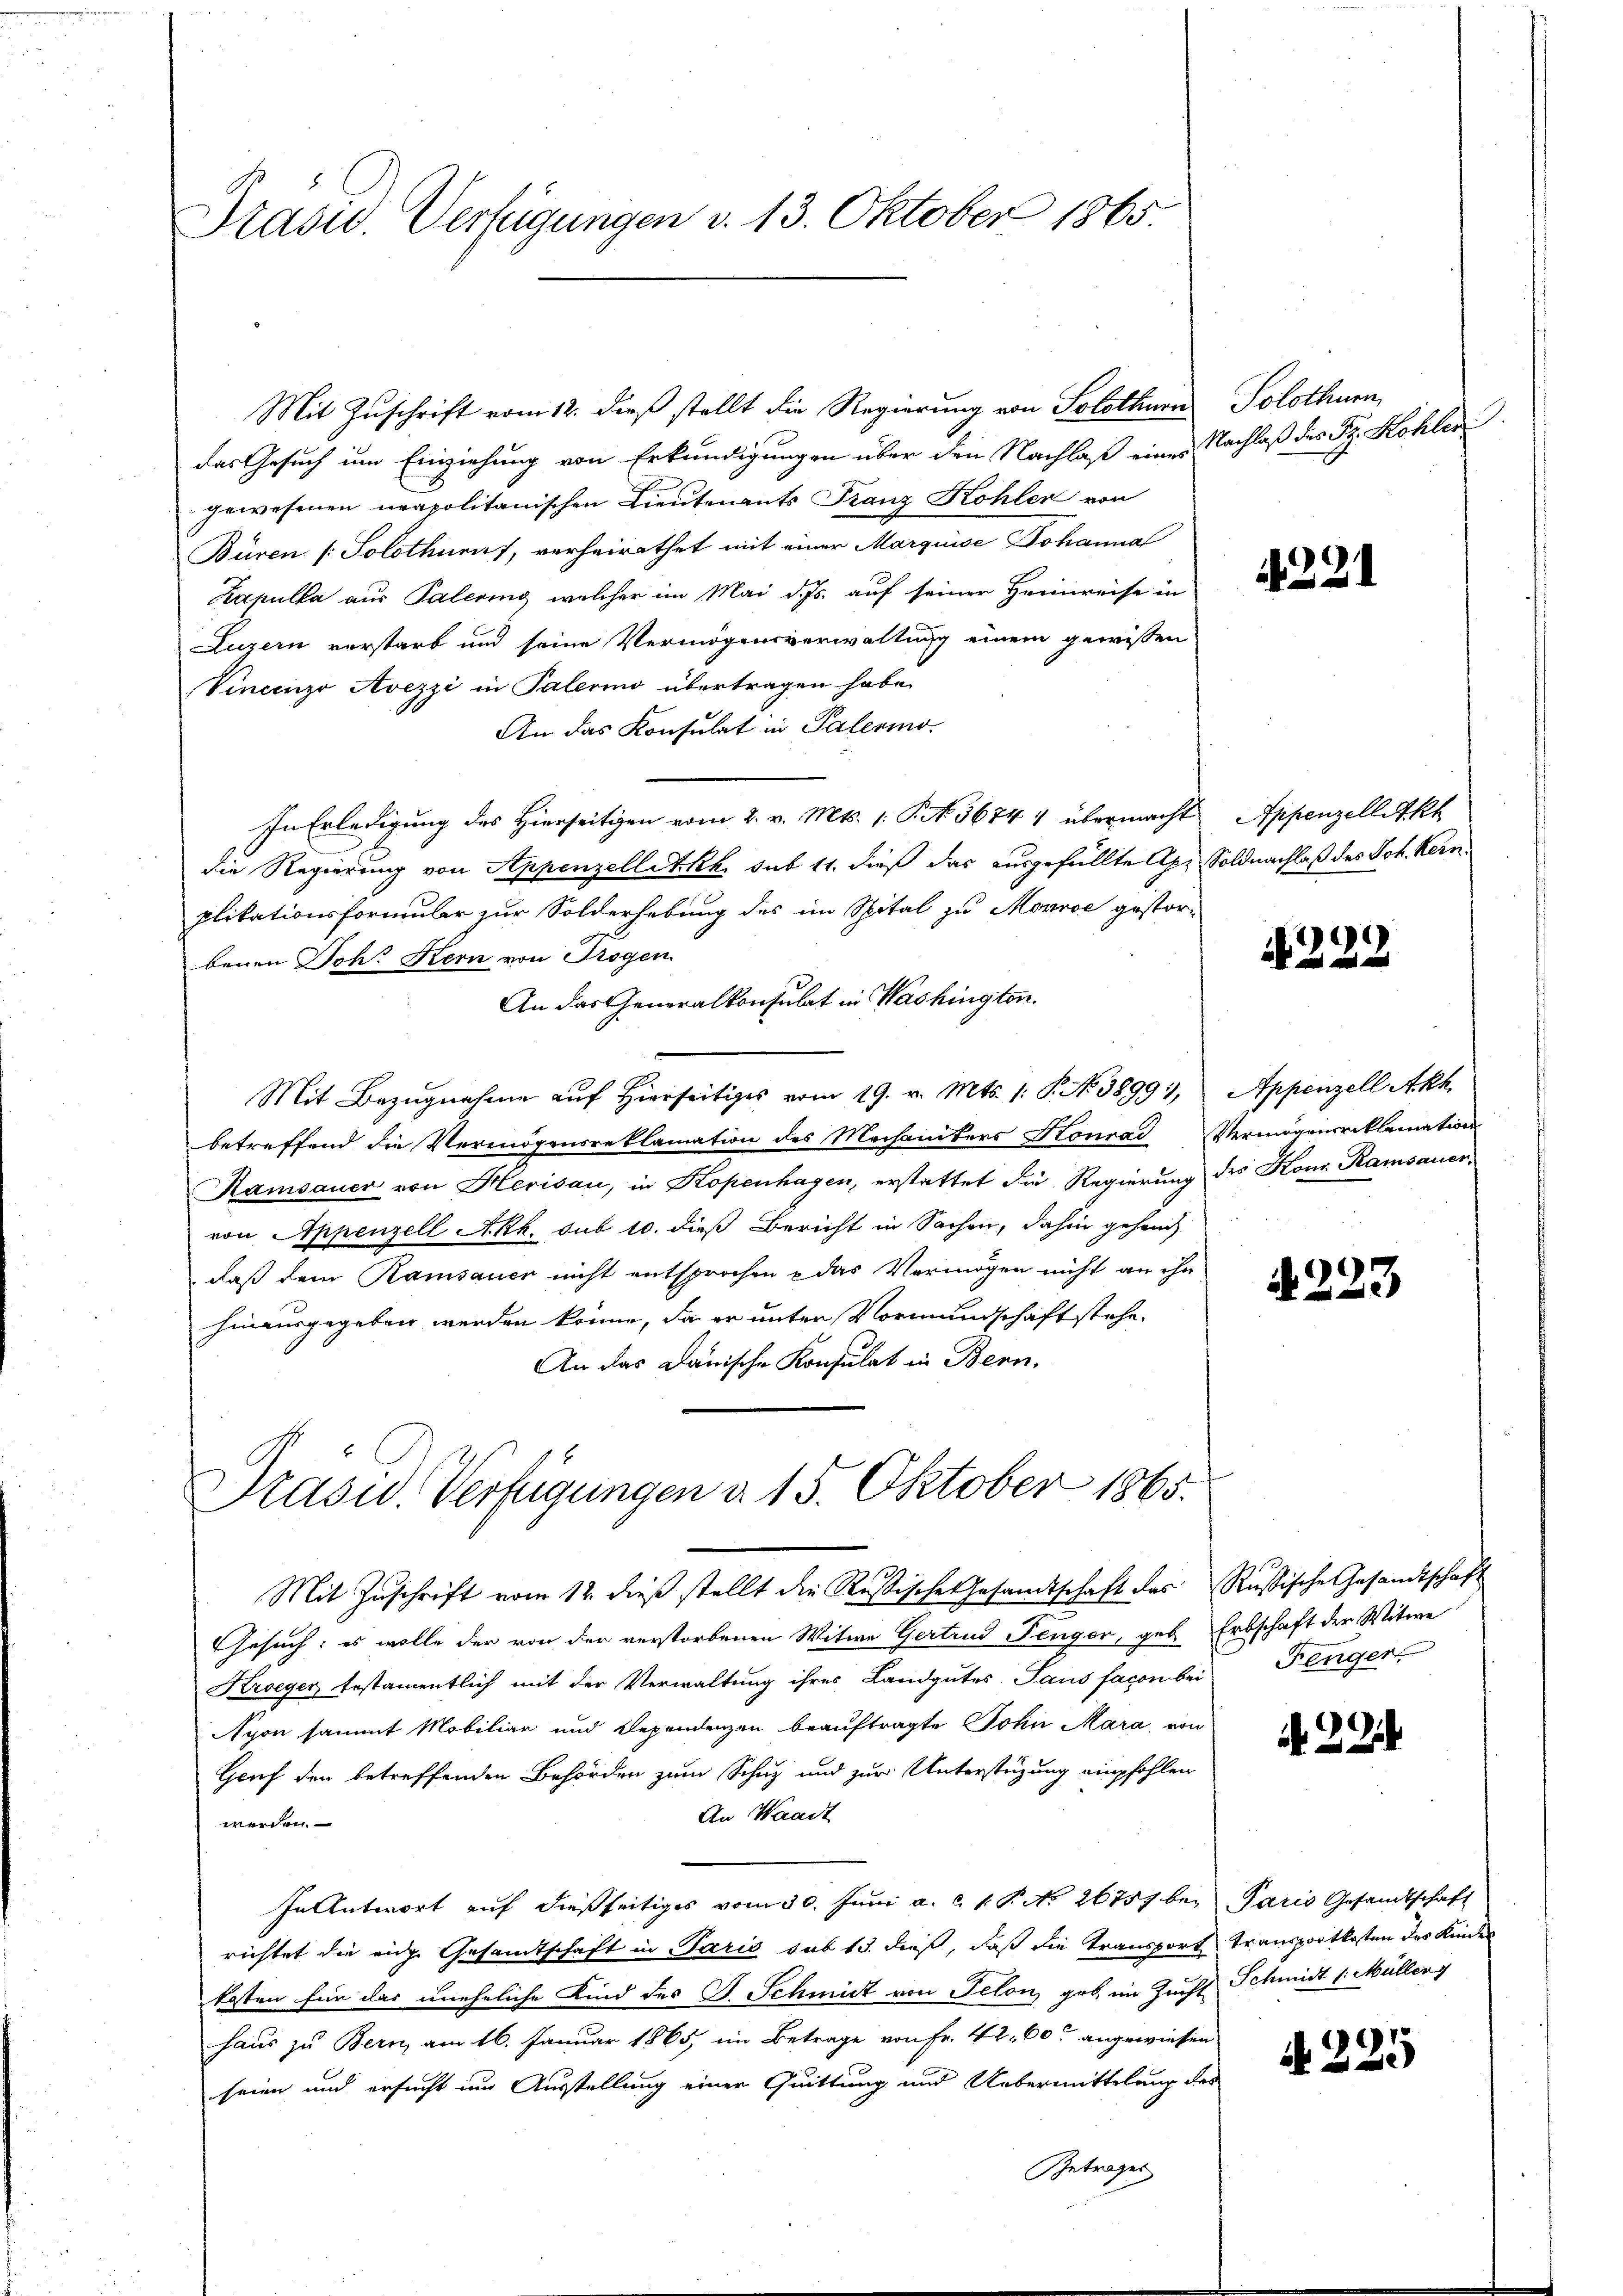
Präsid. Verfügungen d. 13. Oktober 1865.

Mit Zuschrift vom 12. dieß stellt die Regierung von Solothurn
1
das Gesuch um Einziehung von Erkundigungen über den Nachlaß eines Nachlaß des Fr. Kohler
gewesenen neapolitanischen Lieutenants Franz Kohler von
Büren (Solothurn, verheirathet mit einer Marquise Johanna
Kapulla aus Palering, welcher im Mai d. Js. auf seiner Heimreise in
Luzern vorstarb und seine Vermögensverwaltung einem gewissen
Vincenzo Avezzi in Palerino übertragen habe.
An das Konsulat in Palermo-
In Erledigung des Hierseitigen vom 2. v. Mts. 1. P. N. 56744 übermacht
die Regierung von Appenzelletkh sub 11. dieß das ausgefüllte Ap. Soldnachlaß des Joh. Keinplikationsformular zur Solderhebung des im Spital zu Morice gestor-
benen Joh. Kern von Trogen
An das Generalkonsulat in Washington.
Mit Bezugnahme auf Hierseitiges vom 19. v. Mts. 1. P. No 38991,
betreffend die Vermögensreklamation des Mechanikers Konrad Vermögensreklamations-
Kamsauer von Herisau, in Kopenhagen, erstattet die Regierung des Kons Ramsauer,
von Appenzell Akk. sub 10. dieß Bericht in Sachen, dahin gehend
daß dem Ramsauer nicht entsprochen u das Vermögen nicht an ihn
hinausgegeben werden könne, da er unter Vormundschaft stehe.
An das Danische Konsulat in Bern,

Prasw. Verfügungen d. 15. Oktober 1865.

Mit Zuschrift vom 12. dieß stellt die Rustische Gesamtschaft des Rußische Gesandtschaft
GGesuch, es wolle der von der verstorbenen Witwe Gertrud Penger, geb. Erbschaft der Witwe
Kroeger testamentlich mit der Verwaltung ihres Landgutes Saus facon bei Fenger
yon sammt Mobiliar und Dependenzen beauftragte John Mara von
Gruf den betreffenden Behörden zum Schuz und zur Unterstüzung empfohlen
An Waadt
werden.
In Antwort aŭf dießseitiges vom 30. Jŭni a. a. 1. P. No 26757 bei Paris Gesandtschaft
richtet die eige Gesamtschaft in Paris sub 13. dieß, daß die Transport transportkosten des Kinder
kosten für das uneheliche Kind des J. Schmidt von Selon geb. im Zucht Schmidt 1. Müller
haus zu Bern, am 16. Januar 1865, im Betrage von Fr. 42. 60 angewiesen
seien und ersucht um Ausstellung einer Quittung und Uebermittelung des
Getrages

Solothurn

22

Appenzell Th

N 222

Appenzell Akh

A223

22

N 225